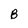
Character: B